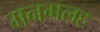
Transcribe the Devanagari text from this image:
मनगलह